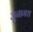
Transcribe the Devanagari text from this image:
जुनागध